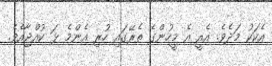
އެކަކު މަދެވެ. އެއީ އެ މީހުންގެ ތެރޭގައި ހުރި އެންމެ ޅަ ކުއްޖާއެވެ.